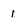
Character: 1